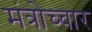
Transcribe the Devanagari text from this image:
मंत्रोच्‍चार